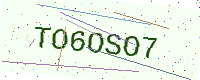
Text: TO6OSO7